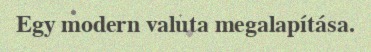
Egy modern valuta megalapítása.